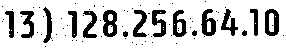
13) 128.256.64.10